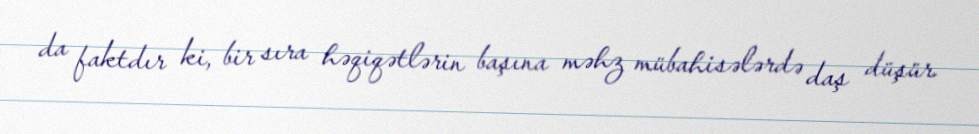
da faktdır ki, bir sıra həqiqətlərin başına məhz mübahisələrdə daş düşür.